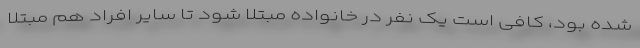
شده بود، کافی است یک نفر در خانواده مبتلا شود تا سایر افراد هم مبتلا